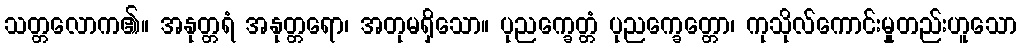
သတ္တလောက၏။ အနုတ္တရံ အနုတ္တရော၊ အတုမရှိသော။ ပုညက္ခေတ္တံ ပုညက္ခေတ္တော၊ ကုသိုလ်ကောင်းမှုတည်းဟူသော